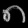
Digit: ၈